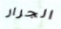
الجرار